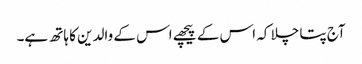
آج پتا چلا کہ اس کے پیچھے اس کے والدین کا ہاتھ ہے۔